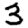
Digit: 3